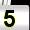
Digit: 5